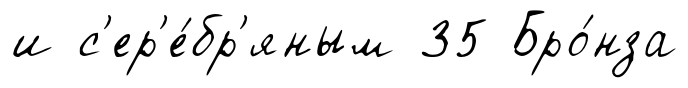
и с'ер'е́бр'яным 35 Бро́нза